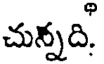
చున్నది.